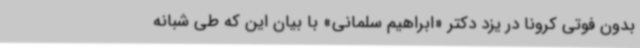
بدون فوتی کرونا در یزد دکتر «ابراهیم سلمانی» با بیان این که طی شبانه